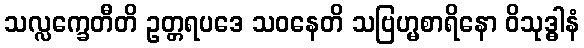
သလ္လက္ခေတီတိ ဥတ္တရပဒေ သဝနေတိ သဗြဟ္မစာရိနော ဝိသုဒ္ဓါနံ